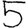
Digit: 5